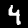
Label: 4